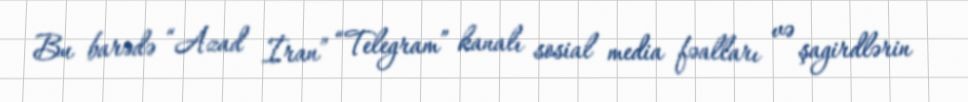
Bu barədə “Azad İran” “Telegram” kanalı sosial media fəalları və şagirdlərin